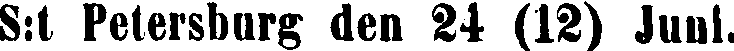
S:t Petersburg den 24 (12) Juni.